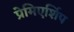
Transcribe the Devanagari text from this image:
प्रेमिएर्शिप